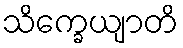
သိက္ခေယျာတိ